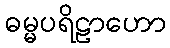
ဓမ္မပရိဠာဟော